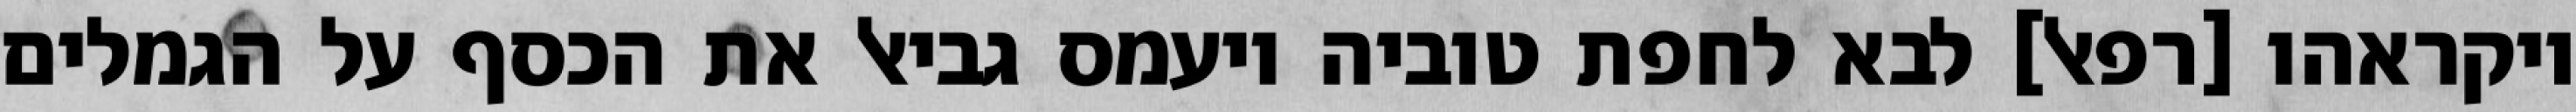
ויקראהו [רפאל] לבא לחפת טוביה ויעמס גביאל את הכסף על הגמלים